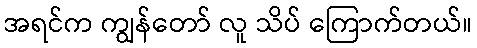
အရင်က ကျွန်တော် လူ သိပ် ကြောက်တယ်။